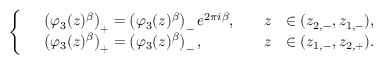
\left\{ \begin{array} { r l r l } & { \left( \varphi _ { 3 } ( z ) ^ { { \beta } } \right) _ { + } = \left( \varphi _ { 3 } ( z ) ^ { { \beta } } \right) _ { - } e ^ { 2 \pi i { \beta } } , \quad } & { z } & { \in ( z _ { 2 , - } , z _ { 1 , - } ) , } \\ & { \left( \varphi _ { 3 } ( z ) ^ { { \beta } } \right) _ { + } = \left( \varphi _ { 3 } ( z ) ^ { { \beta } } \right) _ { - } , \quad } & { z } & { \in ( z _ { 1 , - } , z _ { 2 , + } ) . } \end{array} \right.